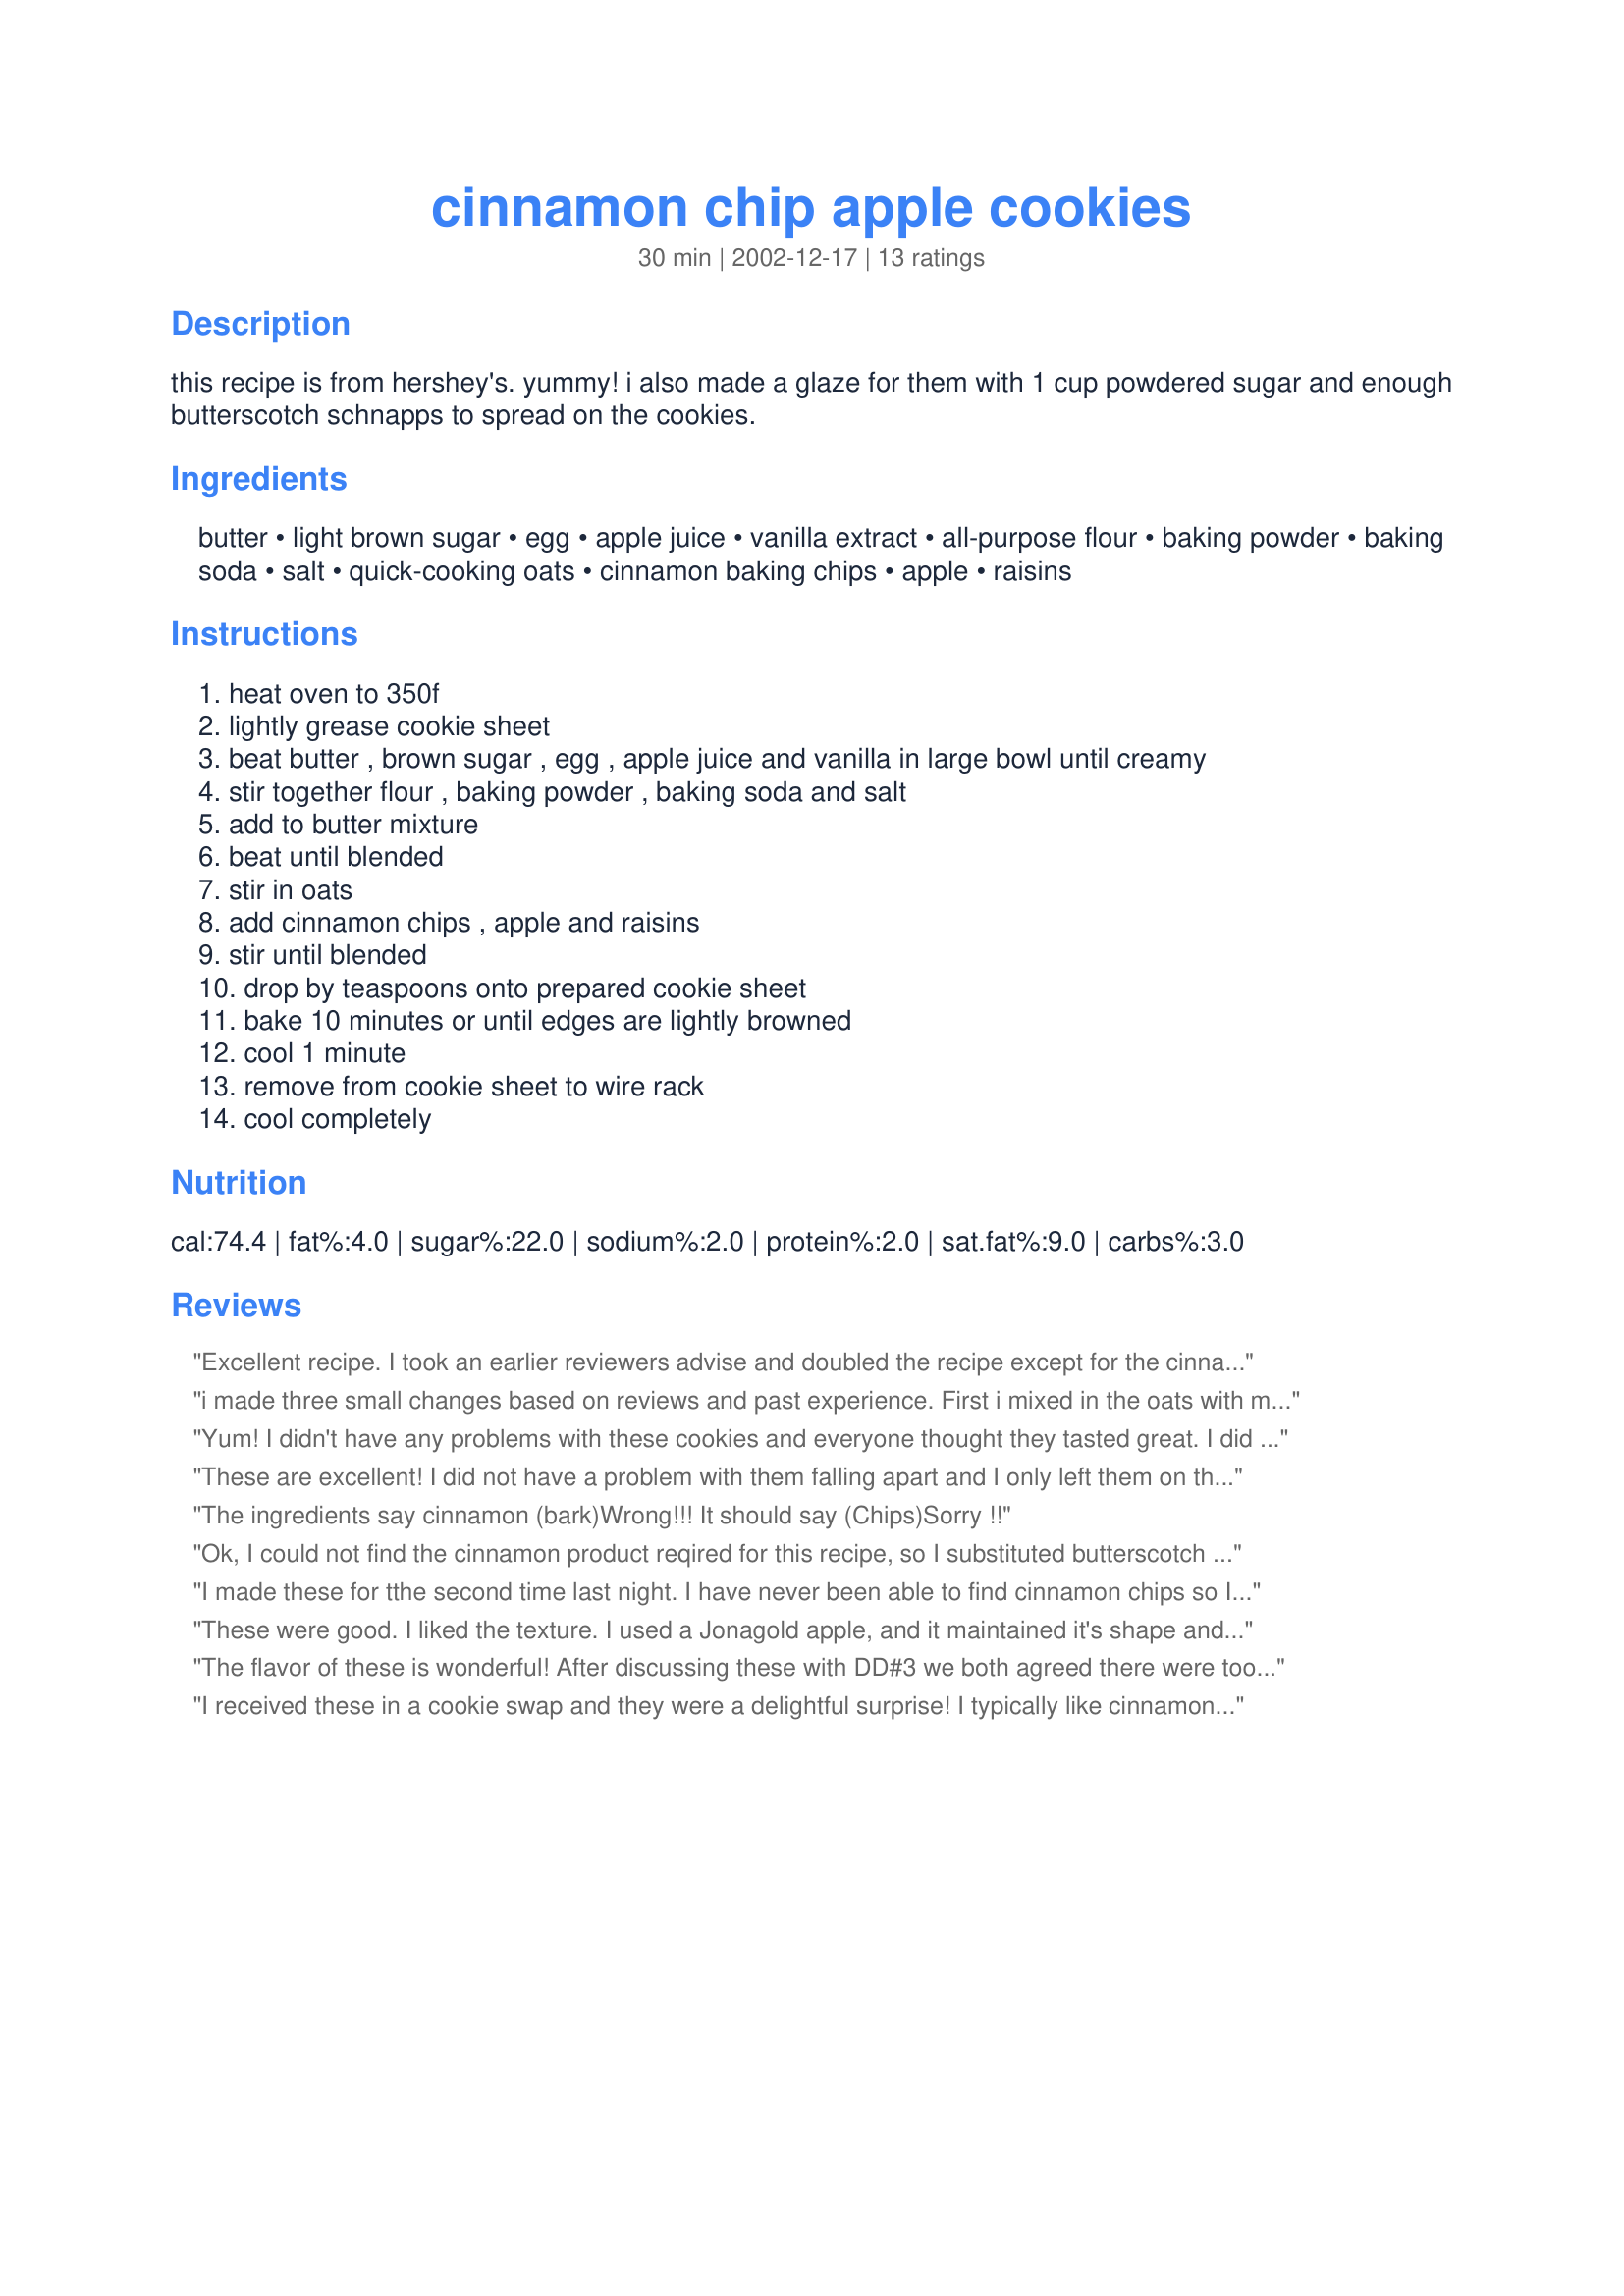
cinnamon chip apple cookies
Preparation time: 30 minutes

this recipe is from hershey's. yummy! i also made a glaze for them with 1 cup powdered sugar and enough butterscotch schnapps to spread on the cookies.

Ingredients:
butter, light brown sugar, egg, apple juice, vanilla extract, all-purpose flour, baking powder, baking soda, salt, quick-cooking oats, cinnamon baking chips, apple, raisins

Steps:
heat oven to 350f
lightly grease cookie sheet
beat butter , brown sugar , egg , apple juice and vanilla in large bowl until creamy
stir together flour , baking powder , baking soda and salt
add to butter mixture
beat until blended
stir in oats
add cinnamon chips , apple and raisins
stir until blended
drop by teaspoons onto prepared cookie sheet
bake 10 minutes or until edges are lightly browned
cool 1 minute
remove from cookie sheet to wire rack
cool completely

Reviews:
Excellent recipe. I took an earlier reviewers advise and doubled the recipe except for the cinnamon chips but I also used 2.5 Cups of raisins in the double batch and these were delicious
i made three small changes based on reviews and past experience. First i mixed in the oats with my eletric mixer, to help break them up a bit to improve the texture (or at least to how we like oatmeal cookies) and i also instead of doubleing the other ingredients i just halved the amount of cinnamon chips - a wise choise because even with half they were very cinnamony. I also skipped the raisins because we dont like them. It only took one granny smith apple for me to get alittle over the cup, a tip for anyone making these is to be sure to try and cut the apples into smaller peices so it mixes in better. This would be a gaurenteed 5 stars except for the amount of chips it calls for, i dont think i could even try to eat something with that much cinnamon, but otherwise this is a great recipe that will be one of the only "healthier" cookies on my trays lol
Yum! I didn't have any problems with these cookies and everyone thought they tasted great. I did leave out the raisins though (personal preference). I will definitely make these again!
These are excellent! I did not have a problem with them falling apart and I only left them on the sheet for a couple minutes.
The ingredients say cinnamon (bark)Wrong!!! It should say (Chips)Sorry !!
Ok, I could not find the cinnamon product reqired for this recipe, so I substituted butterscotch and used some powdered cinnamon instead. Still came out very, very good.
I made these for tthe second time last night. I have never been able to find cinnamon chips so I have either used caramel/chocolate swirl or peanut butter/chocolate swirl chips. I also used sultanas and 1/2 cup walnut pieces. These are the perfect fall cookie! Thanks for posting.
These were good. I liked the texture. I used a Jonagold apple, and it maintained it's shape and texture well. Next time I make them, I will only use half a bag of cinnamon chips and cut back on the sugar. The overall recipe was a little too sweet for me. I also substituted milk for the apple juice.
The flavor of these is wonderful! After discussing these with DD#3 we both agreed there were too many chips for the amount of cookies so next time we plan to double the recipe, everything except the cinnamon chips. They were almost over-powering and the cookies wanted to fall apart even though I baked them an extra minute and left them on the cookie sheets for initially 1, then 3, then 5 minutes. The first sheet that we'd only baked for 10 minutes and cooled for 1 minute literally fell to pieces on us, but we ate that problem up in a hurry! Thanks for sharing a delicious recipe Rita!
I received these in a cookie swap and they were a delightful surprise! I typically like cinnamon, but not excessively, but for some reason the combination of ingredients in this cookie really wowed me!! The cinnamon chips add a very rich flavor!! The wonderful person who made these for me didn't use raisins, so left them out of half the batch & used craisins in the other half. All very good!! I found them highly addictive and am so glad I have the recipe so I can make more!! :) Thanks!!
I was disappointed I didn't like this recipe more. It has all the ingredients that it should for me to like it. The cookies were too sweet for me. I also halved the amount of cinnamon baking chips and thought the amount was adquate. I substituted walnuts for the raisins as my DH doesn't like the raisins. They took 12 minutes to bake rather than 10 (most of the time the times for recipes are right on). They spread ALOT. Even after refrigerating the dough for 24 hours. They also got really soft in the cookie tin. I can't imagine adding some glaze.
Very tasty! Mine were a litte overpowering due to the amount of chips but still very good. Also they had a tendency to fall apart: i think next time I'll increase everything by 50% except maybe the cinnamon chips. Thanks for an enjoyable recipe!
I had these cookies in a gift basket and was blown away. I got the recipe and began to make them when my mixer died (don't ever buy a Kitchenaid) and I forgot to put the egg in. I didn't discover it until after I put the first batch in the oven. Well I went ahead and baked them. I was expecting them to fall apart but they didn't and still tasted wonderful. I did have to cook them quite a bit longer, by an extra 2-4 minutes.<br/><br/>Next time I will make them correctly and see how much differently they taste.
